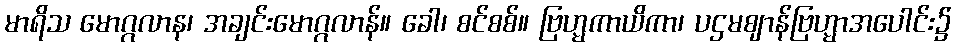
မာရိသ မောဂ္ဂလာန၊ အချင်းမောဂ္ဂလာန်။ ခေါ၊ စင်စစ်။ ဗြဟ္မကာယိကာ၊ ပဌမဈာန်ဗြဟ္မာအပေါင်း၌